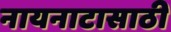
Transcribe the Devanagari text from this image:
नायनाटासाठी